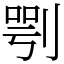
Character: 㓵